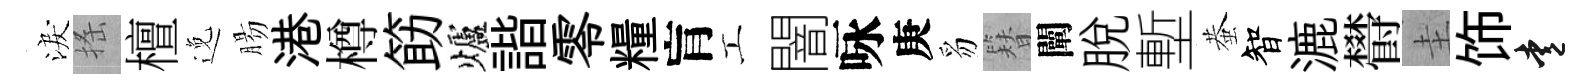
淚搖檀𨓜腸港樽筯爐諧零糧肓工闇咏庚豸簪闡脱塹蛬智漉欎圭饰愛